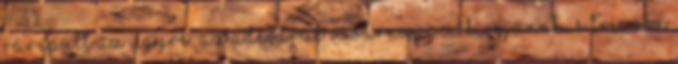
rárepült az ügyre: az Adevarul vasárnapi cikkírójának is Trianon